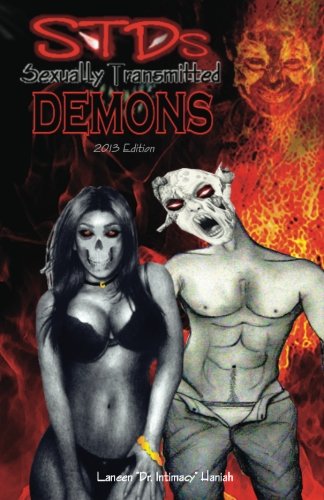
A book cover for STDs; Laneen Haniah; Teen & Young Adult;